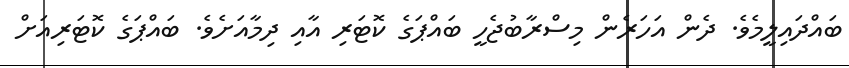
ބައްދައިލީމެވެ. ދެން އަހަރެން މިސްރާބުޖެހީ ބައްޕަގެ ކޮޓަރި އާއި ދިމާއަށެވެ. ބައްޕަގެ ކޮޓަރިއަށް